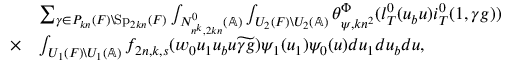
\begin{array} { r l } & { \sum _ { \gamma \in P _ { k n } ( F ) \backslash \mathrm { S p } _ { 2 k n } ( F ) } \int _ { N _ { n ^ { k } , 2 k n } ^ { 0 } ( \mathbb { A } ) } \int _ { U _ { 2 } ( F ) \backslash U _ { 2 } ( \mathbb { A } ) } \theta _ { \psi , k n ^ { 2 } } ^ { \Phi } ( l _ { T } ^ { 0 } ( u _ { b } u ) i _ { T } ^ { 0 } ( 1 , \gamma g ) ) } \\ { \times } & { \int _ { U _ { 1 } ( F ) \backslash U _ { 1 } ( \mathbb { A } ) } f _ { 2 n , k , s } ( w _ { 0 } u _ { 1 } u _ { b } u \widetilde { \gamma g } ) \psi _ { 1 } ( u _ { 1 } ) \psi _ { 0 } ( u ) d u _ { 1 } d u _ { b } d u , } \end{array}